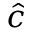
\hat { c }